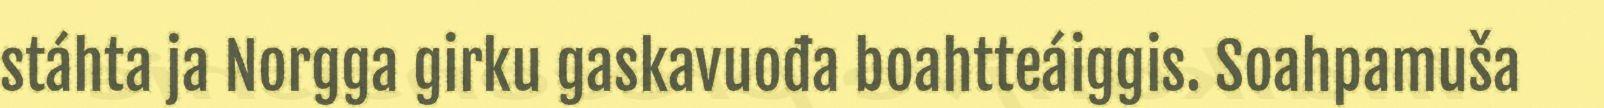
stáhta ja Norgga girku gaskavuođa boahtteáiggis. Soahpamuša